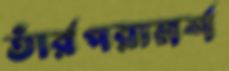
তাঁর্রপরামর্শ